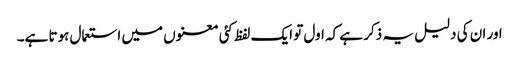
اور ان کی دلیل یہ ذکر ہے کہ اول تو ایک لفظ کئی معنوں میں استعمال ہوتا ہے۔